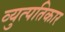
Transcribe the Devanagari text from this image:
व्युत्पतिकार